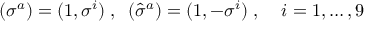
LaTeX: ( \sigma ^ { a } ) = ( 1 , \sigma ^ { i } ) \; , \; \; ( \hat { \sigma } ^ { a } ) = ( 1 , - \sigma ^ { i } ) \; , \; \; \; \; i = 1 , \ldots , 9